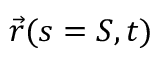
{ \vec { r } } ( s = S , t )